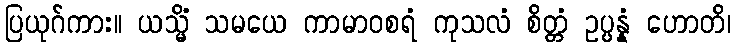
ပြယုဂ်ကား။ ယသ္မိံ သမယေ ကာမာဝစရံ ကုသလံ စိတ္တံ ဥပ္ပန္နံ ဟောတိ၊